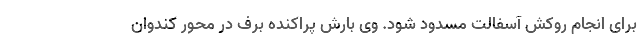
برای انجام روکش آسفالت مسدود شود. وی بارش پراکنده برف در محور کندوان